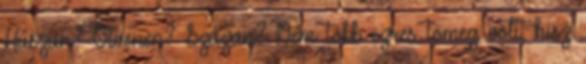
Húszan? Ötvenen? Százan? Nem több ezres tömeg volt, hisz